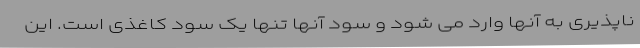
ناپذیری به آنها وارد می شود و سود آنها تنها یک سود کاغذی است. این